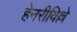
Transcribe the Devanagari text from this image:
हेनरीविल्ले